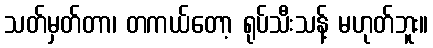
သတ်မှတ်တာ၊ တကယ်တော့ ရုပ်သီးသန့် မဟုတ်ဘူး။